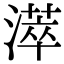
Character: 㵏